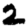
Digit: 2